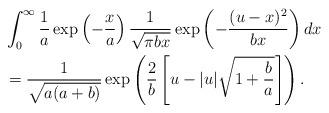
LaTeX: \begin{align*}&\int_0^\infty \frac{1}{a} \exp\left(-\frac{x}{a}\right)\frac{1}{\sqrt{\pi b x}} \exp\left(- \frac{(u-x)^2}{b x} \right) dx \\&= \frac{1}{\sqrt{a (a + b)}}\exp\left( \frac{2}{b} \left[ u - |u| \sqrt{1+\frac{b}{a}} \right] \right).\end{align*}